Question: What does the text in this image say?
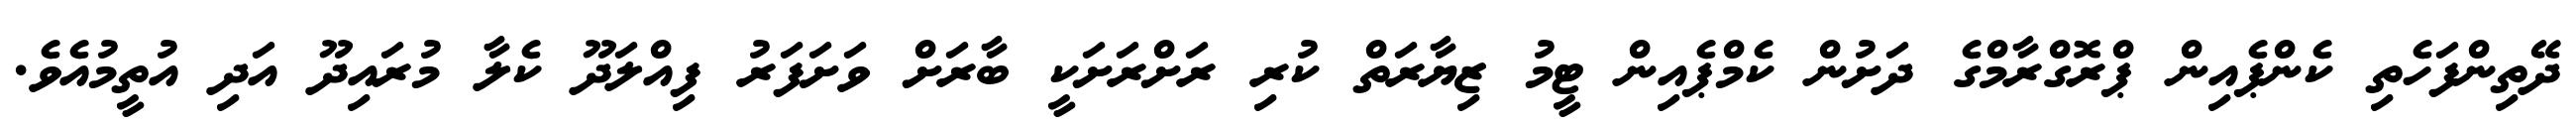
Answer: ދޭތިންފަހެތި ކެންޕެއިން ޕްރޮގްރާމްގެ ދަށުން ކެމްޕެއިން ޓީމު ޒިޔާރަތް ކުރި ރަށްރަށަކީ ބާރަށް ވަށަފަރު ފިއްލަދޫ ކެލާ މުރައިދޫ އަދި އުތީމުއެވެ.